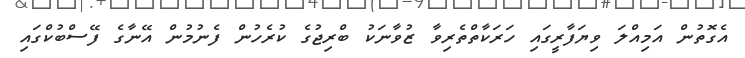
އެގޮތުން އަމިއްލަ ވިޔަފާރީގައި ހަރަކާތްތެރިވާ ޒުވާނަކު ބްރިޖުގެ ކުރެހުން ފެނުމުން އޭނާގެ ފޭސްބުކްގައި